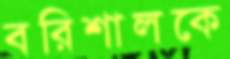
বরিশালকে